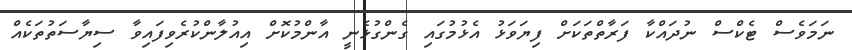
ނަމަވެސް ޓެކްސް ނުދައްކާ ފަރާތްތަކަށް ފިޔަވަޅު އެޅުމުގައި ގެންގުޅެނީ އާންމުކޮށް އިއުލާންކުރެވިފައިވާ ސިޔާސަތުތަކެއް